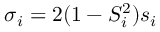
\sigma _ { i } = 2 ( 1 - S _ { i } ^ { 2 } ) s _ { i }